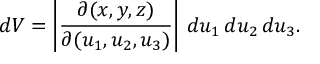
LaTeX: d V = \left| { \frac { \partial ( x , y , z ) } { \partial ( u _ { 1 } , u _ { 2 } , u _ { 3 } ) } } \right| \, d u _ { 1 } \, d u _ { 2 } \, d u _ { 3 } .